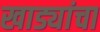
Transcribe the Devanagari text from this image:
खाड्यांचा